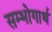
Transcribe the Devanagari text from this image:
सम्भोगार्थ